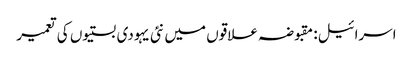
اسرائیل: مقبوضہ علاقوں میں نئی یہودی بستیوں کی تعمیر